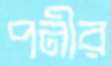
পনীর